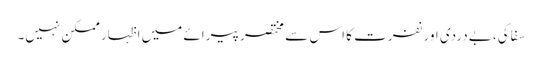
سفاکی، بےدردی اور نفرت کا اس سے مختصر پیرائے میں اظہار ممکن نہیں۔